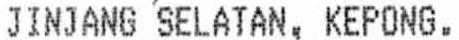
JINJANG SELATAN, KEPONG.